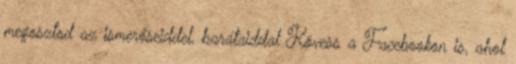
megosztod az ismerőseiddel, barátaiddal Kövess a Facebookon is, ahol